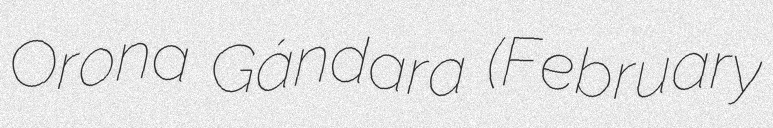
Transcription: Orona Gándara (February